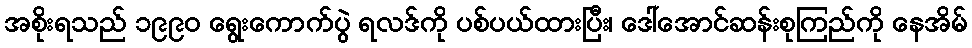
အစိုးရသည် ၁၉၉၀ ရွေးကောက်ပွဲ ရလဒ်ကို ပစ်ပယ်ထားပြီး၊ ဒေါ်အောင်ဆန်းစုကြည်ကို နေအိမ်